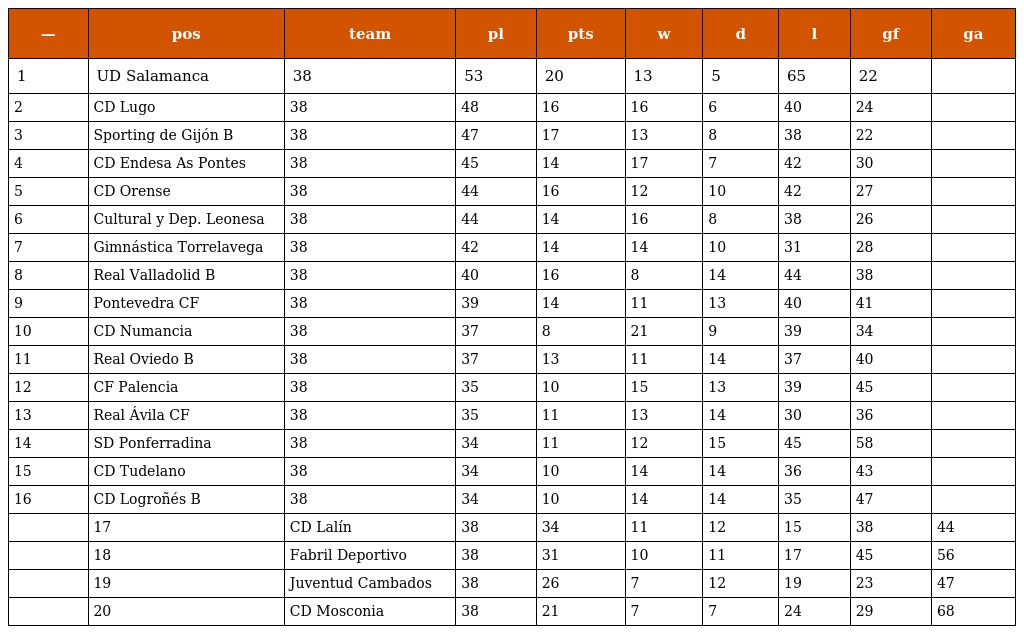
| — | pos | team | pl | pts | w | d | l | gf | ga |
 | --- | --- | --- | --- | --- | --- | --- | --- | --- | --- |
 | 1 | UD Salamanca | 38 | 53 | 20 | 13 | 5 | 65 | 22 |  |
 | 2 | CD Lugo | 38 | 48 | 16 | 16 | 6 | 40 | 24 |  |
 | 3 | Sporting de Gijón B | 38 | 47 | 17 | 13 | 8 | 38 | 22 |  |
 | 4 | CD Endesa As Pontes | 38 | 45 | 14 | 17 | 7 | 42 | 30 |  |
 | 5 | CD Orense | 38 | 44 | 16 | 12 | 10 | 42 | 27 |  |
 | 6 | Cultural y Dep. Leonesa | 38 | 44 | 14 | 16 | 8 | 38 | 26 |  |
 | 7 | Gimnástica Torrelavega | 38 | 42 | 14 | 14 | 10 | 31 | 28 |  |
 | 8 | Real Valladolid B | 38 | 40 | 16 | 8 | 14 | 44 | 38 |  |
 | 9 | Pontevedra CF | 38 | 39 | 14 | 11 | 13 | 40 | 41 |  |
 | 10 | CD Numancia | 38 | 37 | 8 | 21 | 9 | 39 | 34 |  |
 | 11 | Real Oviedo B | 38 | 37 | 13 | 11 | 14 | 37 | 40 |  |
 | 12 | CF Palencia | 38 | 35 | 10 | 15 | 13 | 39 | 45 |  |
 | 13 | Real Ávila CF | 38 | 35 | 11 | 13 | 14 | 30 | 36 |  |
 | 14 | SD Ponferradina | 38 | 34 | 11 | 12 | 15 | 45 | 58 |  |
 | 15 | CD Tudelano | 38 | 34 | 10 | 14 | 14 | 36 | 43 |  |
 | 16 | CD Logroñés B | 38 | 34 | 10 | 14 | 14 | 35 | 47 |  |
 |  | 17 | CD Lalín | 38 | 34 | 11 | 12 | 15 | 38 | 44 |
 |  | 18 | Fabril Deportivo | 38 | 31 | 10 | 11 | 17 | 45 | 56 |
 |  | 19 | Juventud Cambados | 38 | 26 | 7 | 12 | 19 | 23 | 47 |
 |  | 20 | CD Mosconia | 38 | 21 | 7 | 7 | 24 | 29 | 68 |